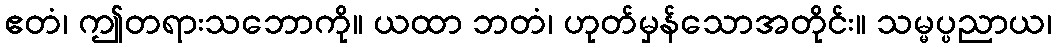
ဧတံ၊ ဤတရားသဘောကို။ ယထာ ဘတံ၊ ဟုတ်မှန်သောအတိုင်း။ သမ္မပ္ပညာယ၊